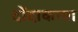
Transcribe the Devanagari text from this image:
दोंदाकाया